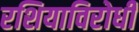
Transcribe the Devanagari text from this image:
रशियाविरोधी